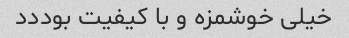
خیلی خوشمزه و با کیفیت بوددد